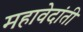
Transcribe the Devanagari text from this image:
महावेदांती